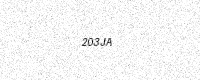
Text: 203JA